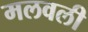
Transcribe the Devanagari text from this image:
मलवली